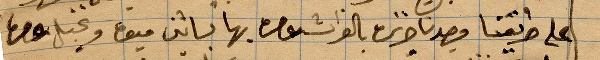
على طريقنا وجدنا ...بالفرات ...بها بساتين ...ونخل.. .